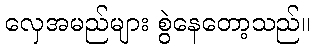
လှေအမည်များ စွဲနေတော့သည်။